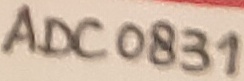
Text: ADC0831